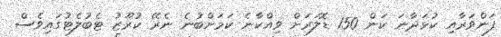
ފަންވަރާއި ކުޅަދާނަ ކަން 150 ޑޮލަރަށް ވިއްކާނެ ކަމަށްބުނެ ނެރޭ ކުރޫޒު ޓެބުލެޓުގައިވެސް